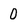
Character: 0